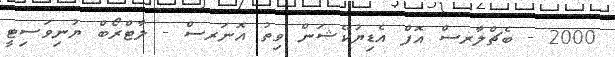
2000 - ބެޗްލާރސް އޮފް އެޑިޔުކޭޝަން ވިތު އޮނަރސް - ލާޓްރޯބް ޔުނިވަސިޓީ